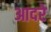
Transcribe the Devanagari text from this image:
आदरे